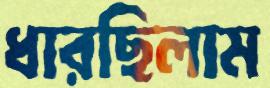
ধারছিলাম